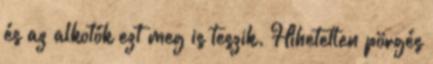
és az alkotók ezt meg is teszik. Hihetetlen pörgés